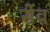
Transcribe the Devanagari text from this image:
सेंव